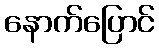
နောက်ပြောင်